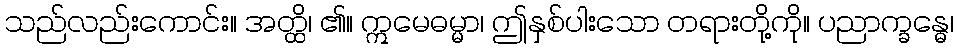
သည်လည်းကောင်း။ အတ္ထိ၊ ၏။ ဣမေဓမ္မာ၊ ဤနှစ်ပါးသော တရားတို့ကို။ ပညာက္ခန္ဓေ၊